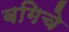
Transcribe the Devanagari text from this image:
बगिचे